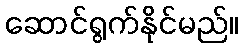
ဆောင်ရွက်နိုင်မည်။